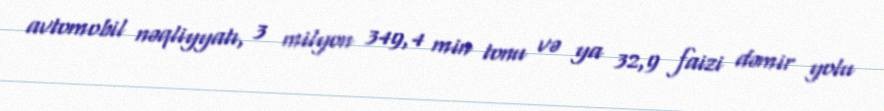
avtomobil nəqliyyatı, 3 milyon 349,4 min tonu və ya 32,9 faizi dəmir yolu